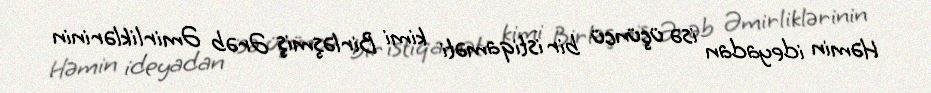
Həmin ideyadan isə üçüncü bir istiqaməti kimi Birləşmiş Ərəb Əmirliklərinin